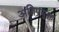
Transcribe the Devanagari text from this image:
अतिप्रयुक्त